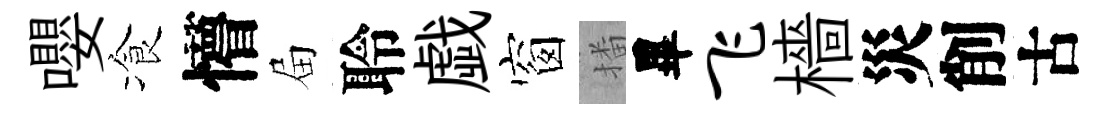
嚶飡懵屇聆戯窗播畢飞檣災削古